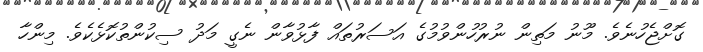
ގޮށްޖެހުނެވެ. މޫނު މަތިން ނުރުހުންވުުމުގެ އަސަރުތައް ފާޅުވާން ނެގީ މަދު ސިކުންތުކޮޅެކެވެ. މިންހާ